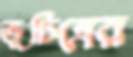
ভূচিত্রের